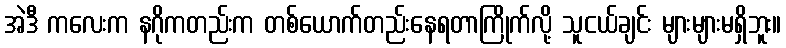
အဲဒီ ကလေးက နဂိုကတည်းက တစ်ယောက်တည်းနေရတာကြိုက်လို့ သူငယ်ချင်း များများမရှိဘူး။